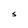
Character: S